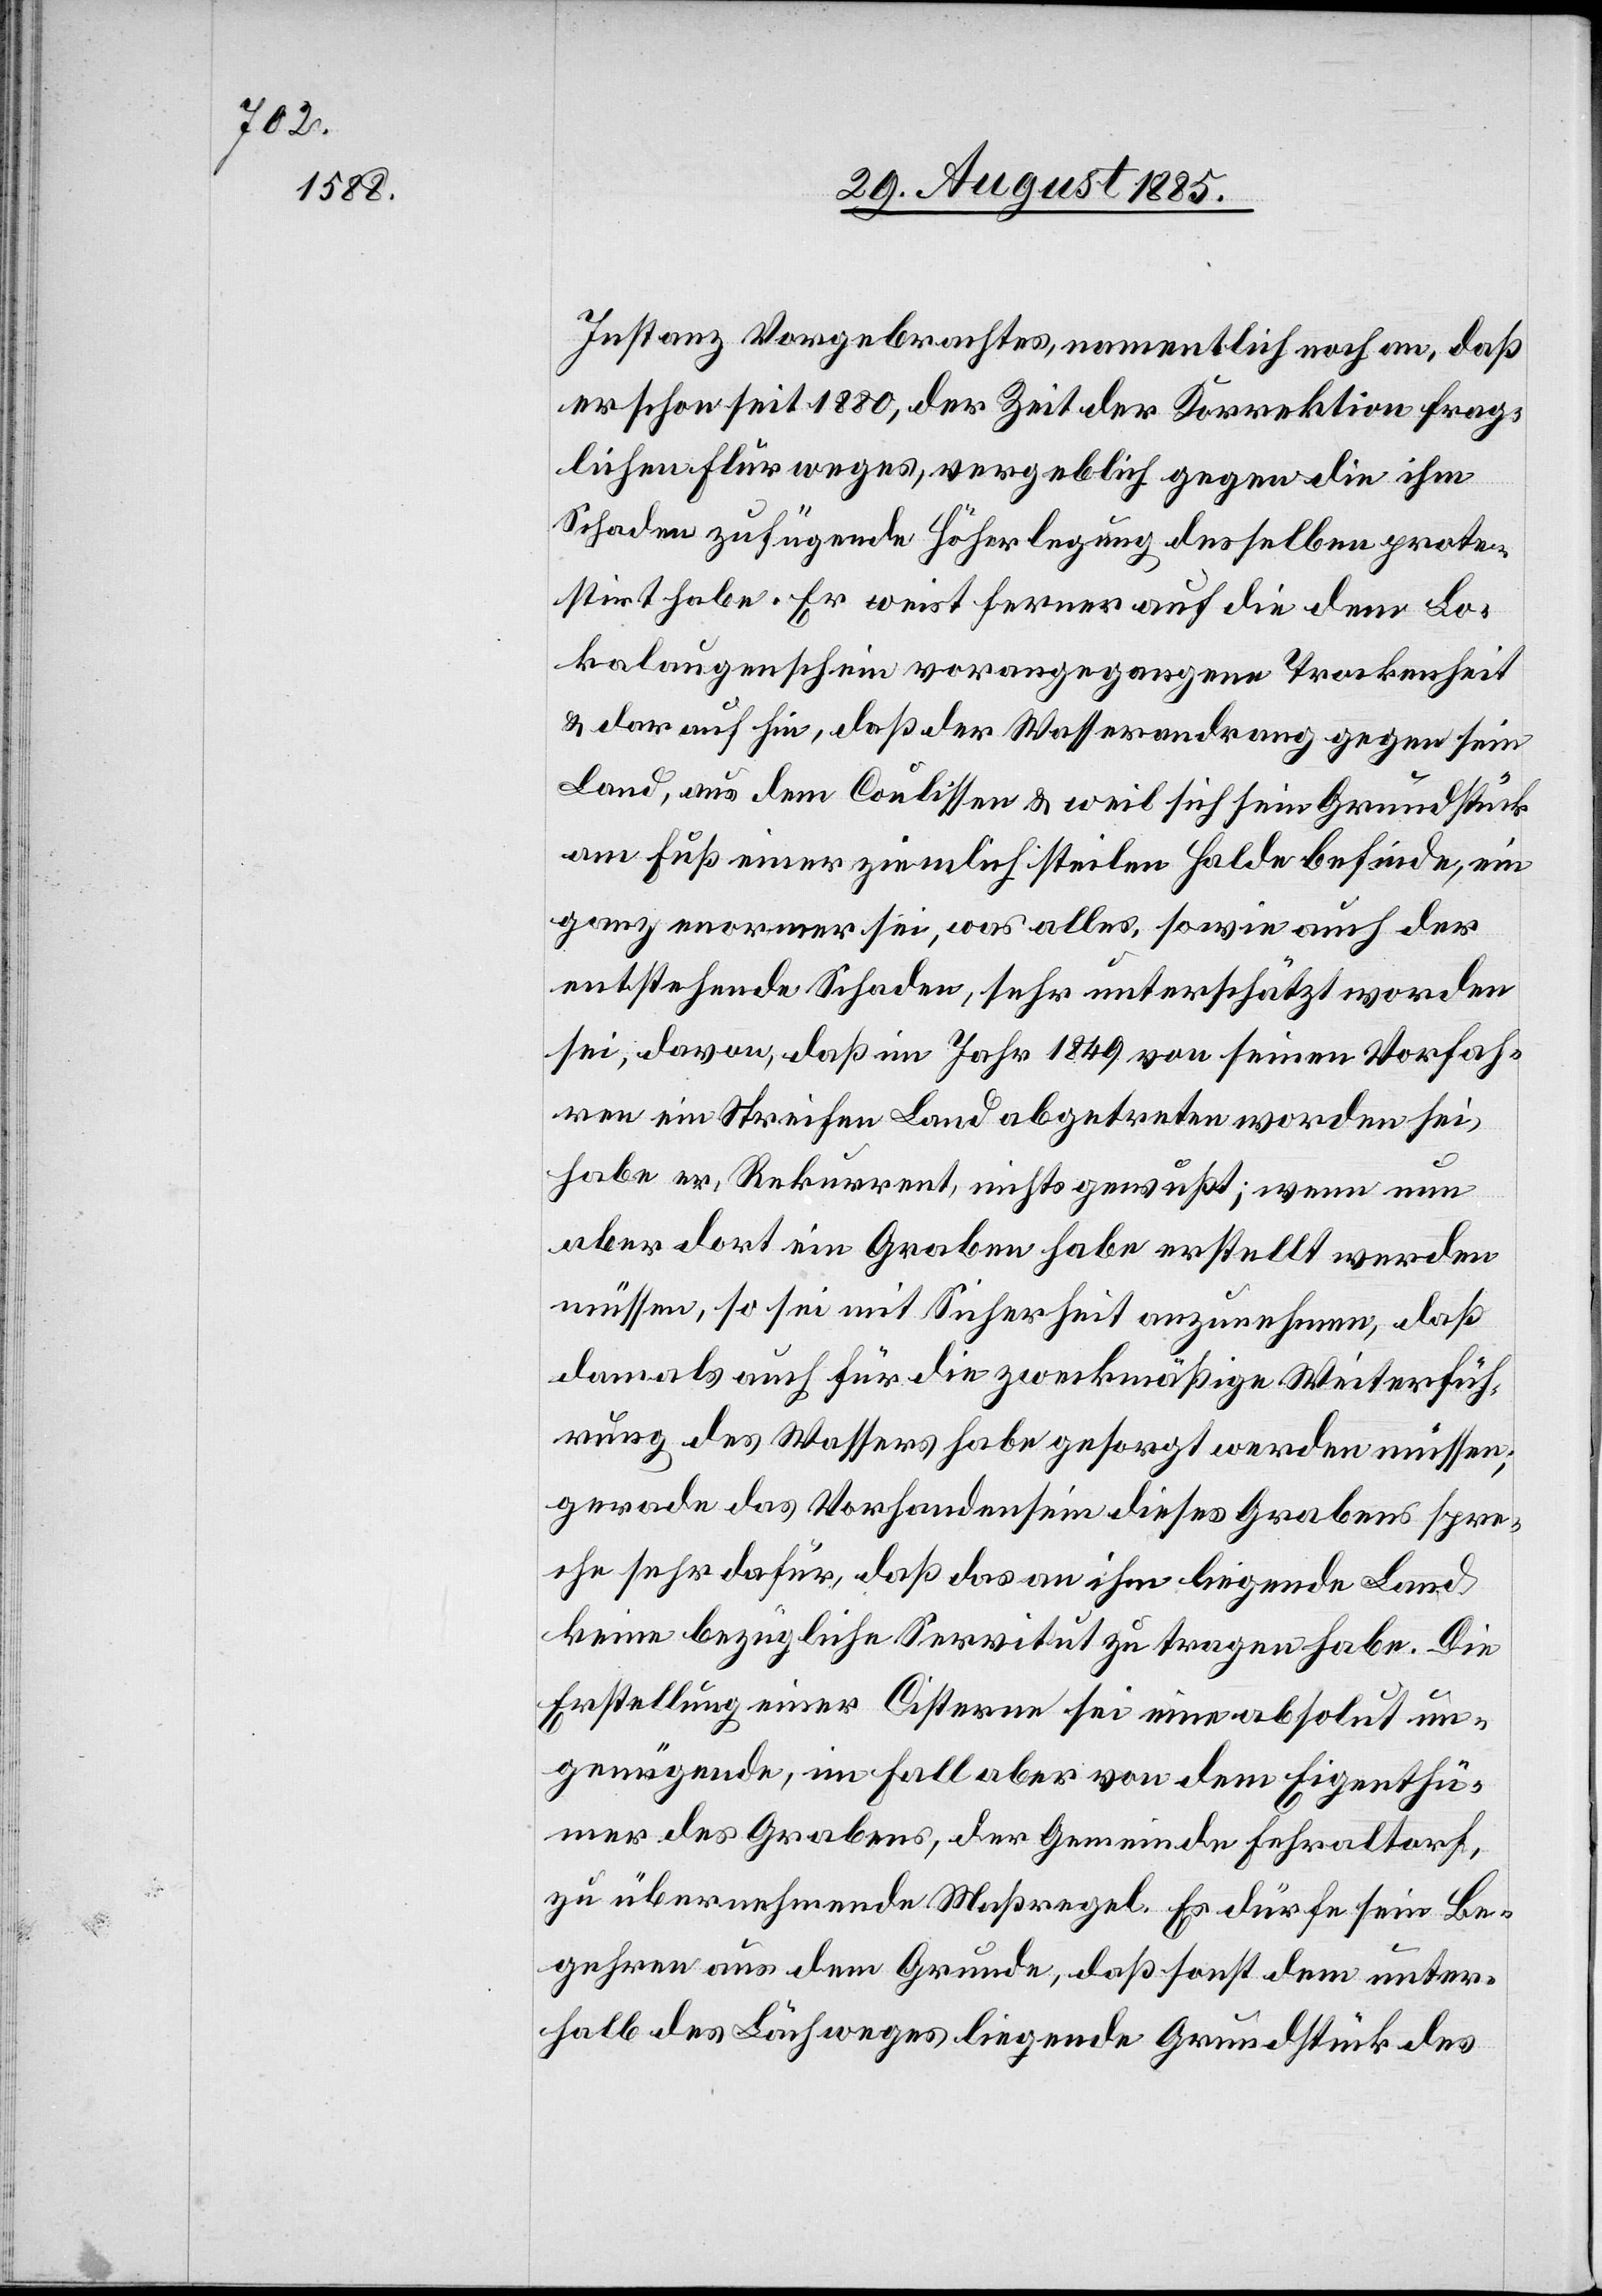
Instanz Vorgebrachtes, namentlich noch an, daß
er schon seit 1880, der Zeit der Korrektion frag¬
lichen Flurweges, vergeblich gegen die ihm
Schaden zufügende Höherlegung desselben prote¬
stirt habe. Er weist ferner auf die dem Lo¬
kalaugenschein vorangegangene Trockenheit
& darauf hin, daß der Wasserandrang gegen sein
Land, aus dem Coulissen [sic!] & weil sich sein Grundstück
am Fuß einer ziemlich steilen Halde befinde, ein
ganz enormer sei, was alles, sowie auch der
entstehende Schaden, sehr unterschätzt worden
sei, davon, daß im Jahr 1849 von seinen Vorfah¬
ren ein Streifen Land abgetreten worden sei,
habe er, Rekurrent, nichts gewußt; wenn nun
aber dort ein Graben habe erstellt werden
müssen, so sei mit Sicherheit anzunehmen, daß
damals auch für die zweckmäßige Weiterfüh¬
rung des Wassers habe gesorgt werden müssen;
gerade das Vorhandensein dieses Grabens spre¬
che sehr dafür, daß das an ihm liegende Land
keine bezügliche Servitut zu tragen habe. Die
Erstellung einer Cisterne sei eine absolut un¬
genügende, im Fall aber von dem Eigenthü¬
mer des Grabens, der Gemeinde Fehraltorf,
zu übernehmende Maßregel. Es dürfe sein Be¬
gehren aus dem Grunde, daß sonst dem unter¬
halb des Lächweges liegende Grundstück des